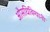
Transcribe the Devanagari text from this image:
औसधिविग्यानी